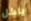
ياكل